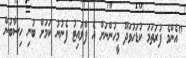
"އެންމެ ފުރަތަމަ ކުޑަހުވަދޫ މީހުންނަށް އެ ފްލައިޓު ފެނުނު ކަމަށް ބުނި ހިސާބުން